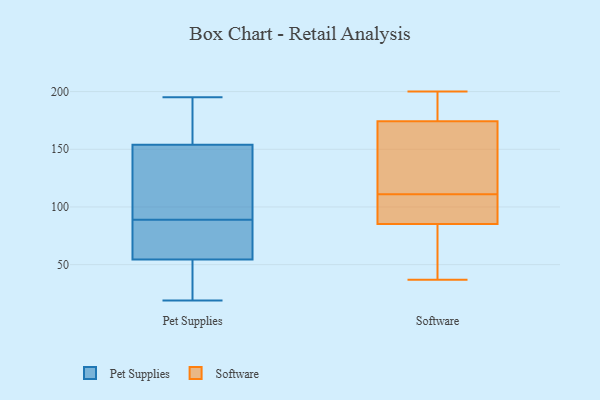
{"axis": {"x": "Tickets Resolved", "y": "Value"}, "legend": ["Pet Supplies", "Software"], "data": [{"x": "", "y": 184, "type": "Pet Supplies"}, {"x": "", "y": 115, "type": "Pet Supplies"}, {"x": "", "y": 195, "type": "Pet Supplies"}, {"x": "", "y": 85, "type": "Pet Supplies"}, {"x": "", "y": 67, "type": "Pet Supplies"}, {"x": "", "y": 47, "type": "Pet Supplies"}, {"x": "", "y": 93, "type": "Pet Supplies"}, {"x": "", "y": 69, "type": "Pet Supplies"}, {"x": "", "y": 19, "type": "Pet Supplies"}, {"x": "", "y": 115, "type": "Pet Supplies"}, {"x": "", "y": 107, "type": "Pet Supplies"}, {"x": "", "y": 61, "type": "Pet Supplies"}, {"x": "", "y": 20, "type": "Pet Supplies"}, {"x": "", "y": 164, "type": "Pet Supplies"}, {"x": "", "y": 43, "type": "Pet Supplies"}, {"x": "", "y": 180, "type": "Pet Supplies"}, {"x": "", "y": 186, "type": "Pet Supplies"}, {"x": "", "y": 49, "type": "Pet Supplies"}, {"x": "", "y": 60, "type": "Pet Supplies"}, {"x": "", "y": 144, "type": "Pet Supplies"}, {"x": "", "y": 74, "type": "Software"}, {"x": "", "y": 164, "type": "Software"}, {"x": "", "y": 200, "type": "Software"}, {"x": "", "y": 173, "type": "Software"}, {"x": "", "y": 178, "type": "Software"}, {"x": "", "y": 181, "type": "Software"}, {"x": "", "y": 189, "type": "Software"}, {"x": "", "y": 112, "type": "Software"}, {"x": "", "y": 47, "type": "Software"}, {"x": "", "y": 96, "type": "Software"}, {"x": "", "y": 133, "type": "Software"}, {"x": "", "y": 37, "type": "Software"}, {"x": "", "y": 109, "type": "Software"}, {"x": "", "y": 100, "type": "Software"}, {"x": "", "y": 74, "type": "Software"}, {"x": "", "y": 89, "type": "Software"}, {"x": "", "y": 111, "type": "Software"}]}